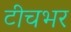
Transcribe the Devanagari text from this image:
टीचभर